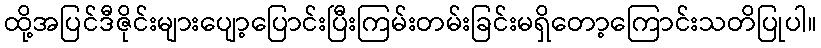
ထို့အပြင်ဒီဇိုင်းများပျော့ပြောင်းပြီးကြမ်းတမ်းခြင်းမရှိတော့ကြောင်းသတိပြုပါ။